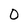
Character: O